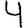
Digit: 4